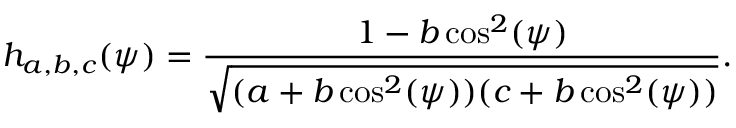
h _ { a , b , c } ( \psi ) = \frac { 1 - b \cos ^ { 2 } ( \psi ) } { \sqrt { ( a + b \cos ^ { 2 } ( \psi ) ) ( c + b \cos ^ { 2 } ( \psi ) ) } } .